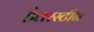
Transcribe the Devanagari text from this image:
हेलरस्टीन